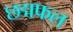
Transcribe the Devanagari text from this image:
छद्मफल